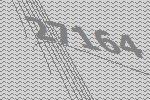
27164